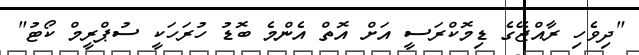
"ދިވެހި ރާއްޖޭގެ ޑިމޮކްރަސީ އަށް އޮތް އެންމެ ބޮޑު ހުރަހަކީ ސުޕްރީމް ކޯޓު"